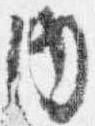
内